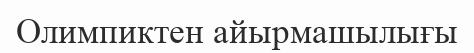
Олимпиктен айырмашылығы